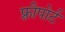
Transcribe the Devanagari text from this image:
फ़्रीपोर्ट